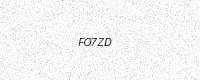
Text: FO7ZD